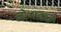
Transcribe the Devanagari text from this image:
लोभाबद्दल